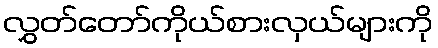
လွှတ်တော်ကိုယ်စားလှယ်များကို